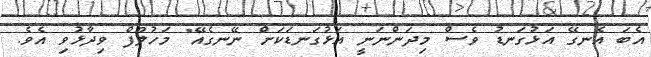
އެބަ އެނގޭ އަޅުގަނޑު ވެސް މިދަންނަނީ އަޅުގަނޑަކަށް ނޭނގެއޭ" މަހުލޫފް ވިދާޅުވި އެވެ.